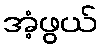
အံ့ဖွယ်